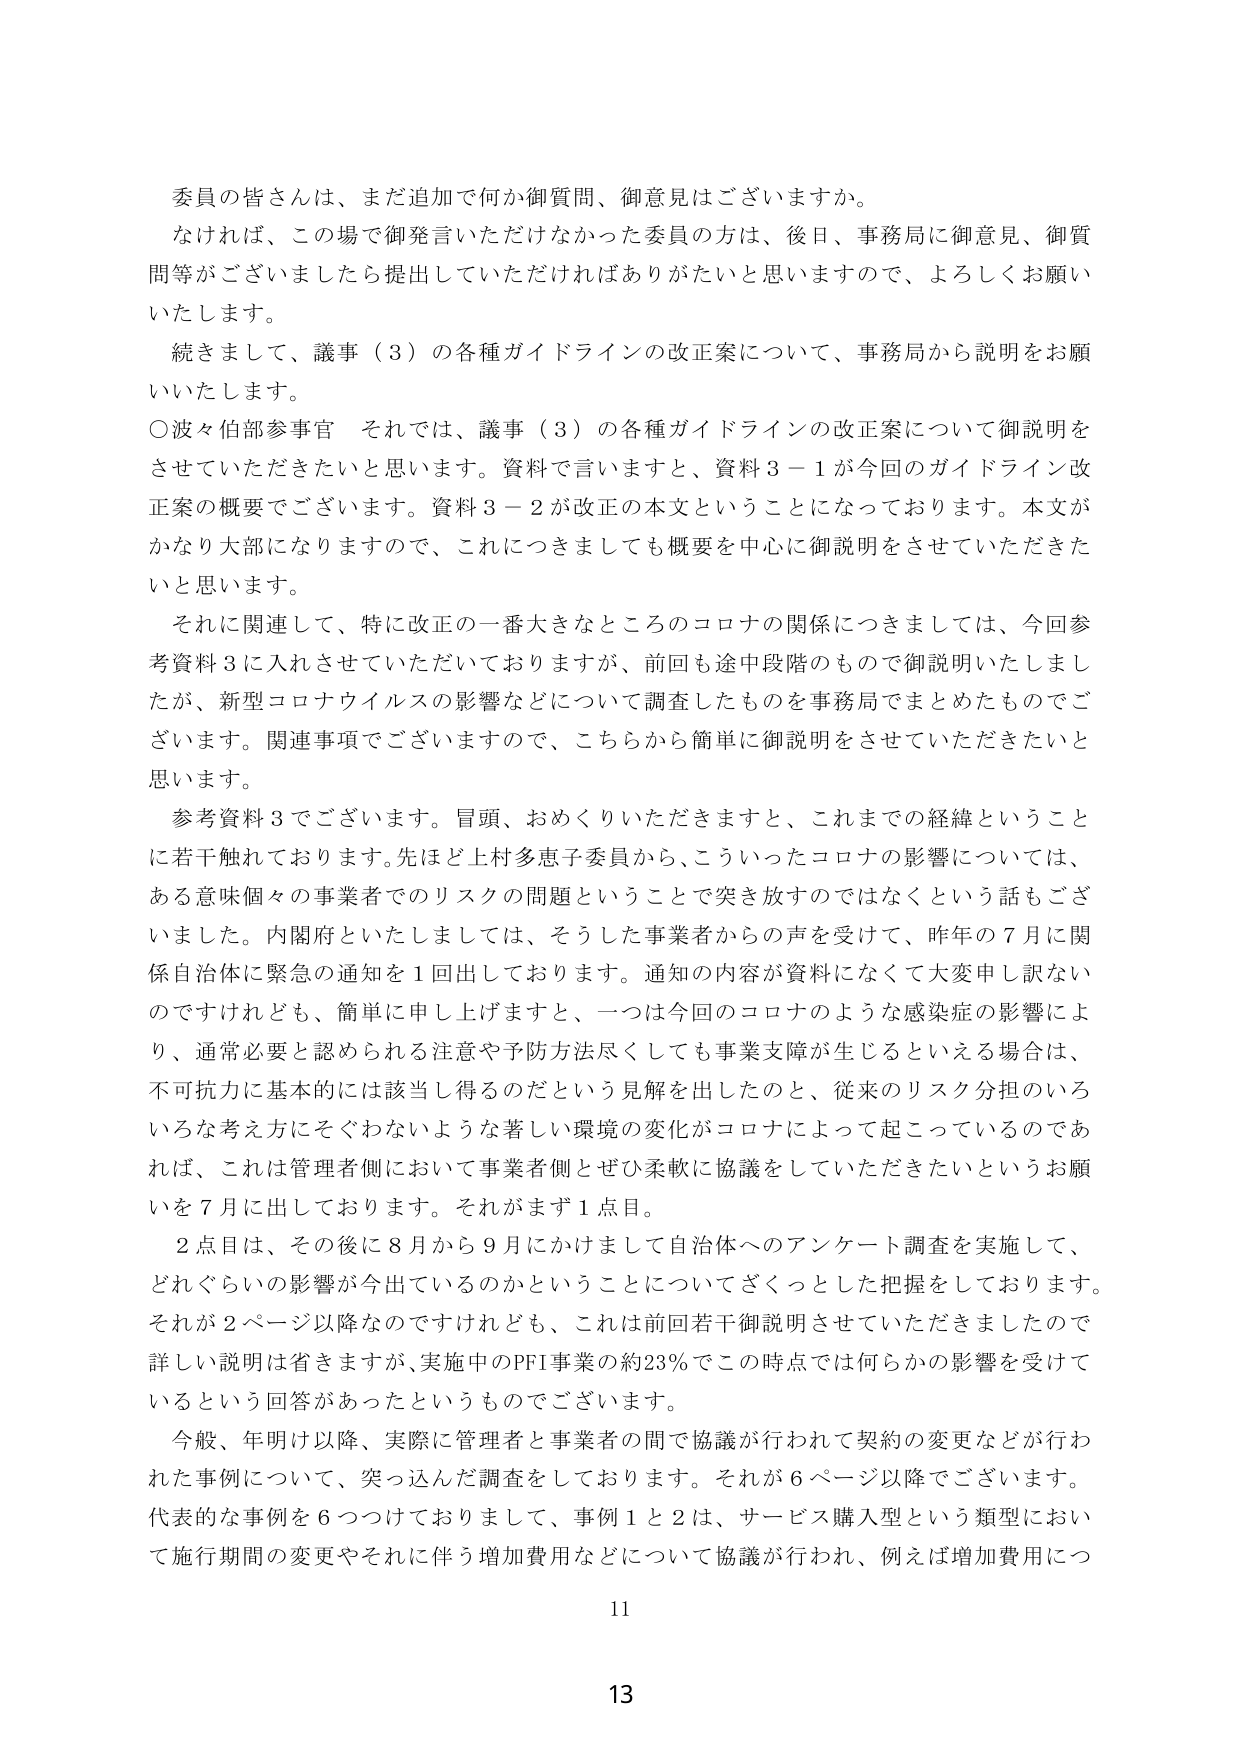
委員の皆さんは、まだ追加で何か御質問、御意見はございますか。
なければ、この場で御発言いただけなかった委員の方は、後日、事務局に御意見、御質
問等がございましたら提出していただければありがたいと思いますので、よろしくお願い
いたします。
続きまして、議事（3）の各種ガイドラインの改正案について、事務局から説明をお願
いいたします。
○波々伯部参事官　それでは、議事（3）の各種ガイドラインの改正案について御説明を
させていただきたいと思います。資料で言いますと、資料3－1が今回のガイドライン改
正案の概要でございます。資料3－2が改正の本文ということになっております。本文が
かなり大部になりますので、これにつきましても概要を中心に御説明をさせていただきた
いと思います。
それに関連して、特に改正の一番大きなところのコロナの関係につきましては、今回参
考資料3に入れさせていただいておりますが、前回も途中段階のもので御説明いたしまし
たが、新型コロナウイルスの影響などについて調査したものを事務局でまとめたものでご
ざいます。関連事項でございますので、こちらから簡単に御説明をさせていただきたいと
思います。
参考資料3でございます。冒頭、おめくりいただきますと、これまでの経緯ということ
に若干触れております。先ほど上村多恵子委員から、こういったコロナの影響については、
ある意味個々の事業者でのリスクの問題ということで突き放すのではなくという話もござ
いました。内閣府といたしましては、そうした事業者からの声を受けて、昨年の7月に関
係自治体に緊急の通知を1回出しております。通知の内容が資料になって大変申し訳ない
のですけれども、簡単に申し上げますと、一つは今回のコロナのような感染症の影響によ
り、通常必要と認められる注意や予防方法尽くしても事業支障が生じるといえる場合は、
不可抗力に基本的には該当し得るのだという見解を出したのと、従来のリスク分担のいろ
いろな考え方になぞわないうような著しい環境の変化がコロナによって起こっているのであ
れば、これは管理者側において事業者側とぜひ柔軟に協議をしていただきたいというお願
いを7月に出しております。それがまず1点目。
2点目は、その後に8月から9月にかけまして自治体へのアンケート調査を実施して、
どれぐらいの影響が今出ているのかということについてざくっとした把握をしております。
それが2ページ以降なのですけれども、これは前回若干御説明させていただきましたので
詳しい説明は省きますが、実施中のPFI事業の約23％でこの時点では何らかの影響を受けて
いるという回答があったというものでございます。
今般、年明け以降、実際に管理者と事業者の間で協議が行われて契約の変更などが行わ
れた事例について、突っ込んだ調査をしております。それが6ページ以降でございます。
代表的な事例を6つつけておりまして、事例1と2は、サービス購入型という類型におい
て施行期間の変更やそれに伴う増加費用などについて協議が行われ、例えば増加費用につ

11

13